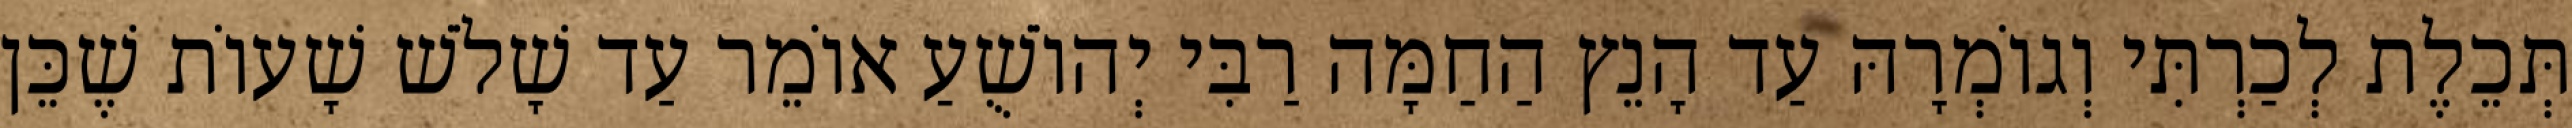
תְּכֵלֶת לְכַרְתִּי וְגוֹמְרָהּ עַד הָנֵץ הַחַמָּה רַבִּי יְהוֹשֻׁעַ אוֹמֵר עַד שָׁלֹשׁ שָׁעוֹת שֶׁכֵּן